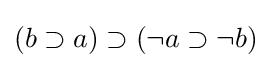
(b\supset a)\supset (\neg a\supset \neg b)